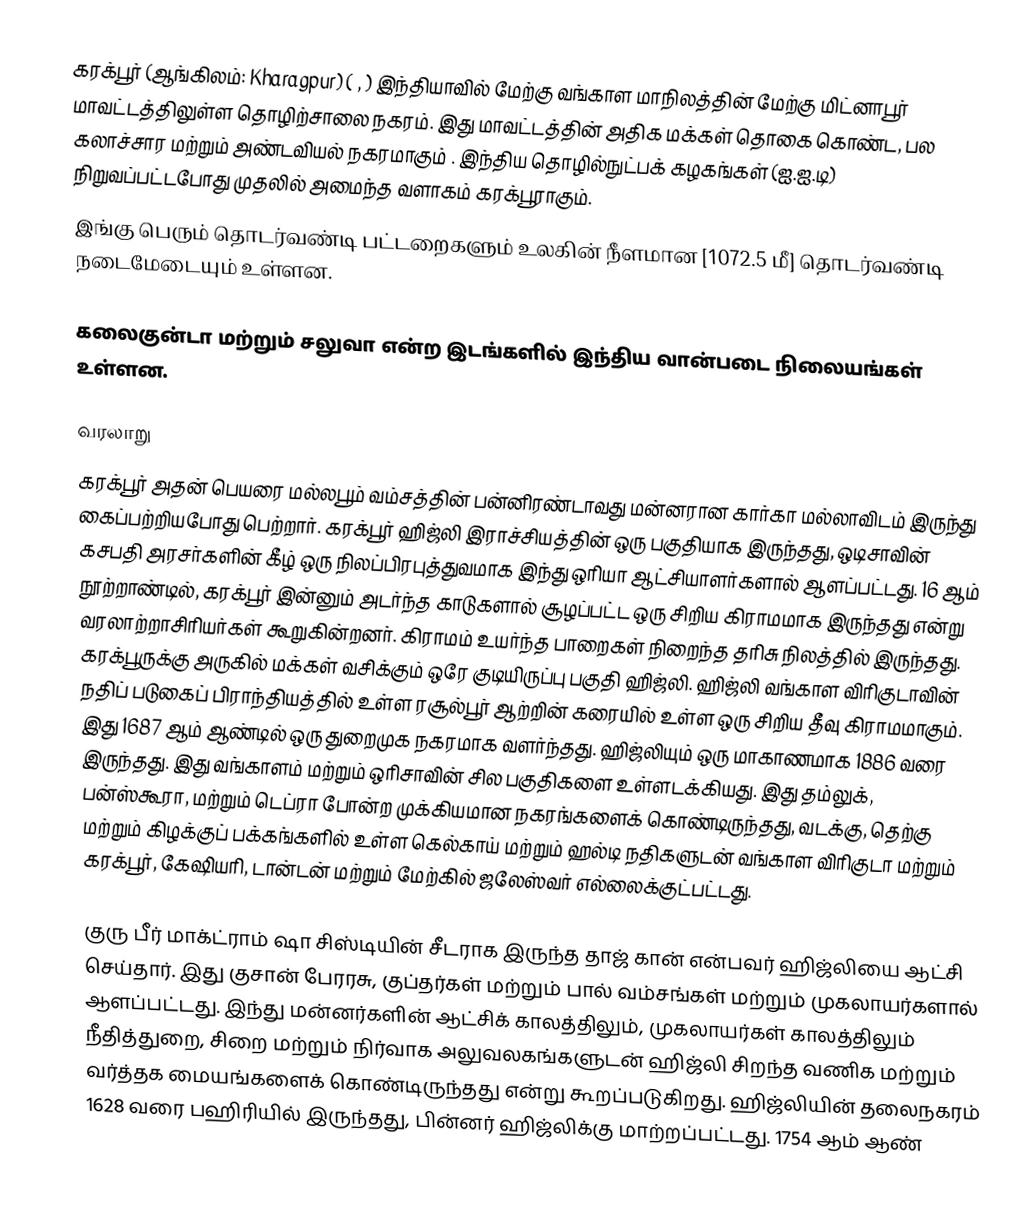
கரக்பூர் (ஆங்கிலம்: Kharagpur) ( , ) இந்தியாவில் மேற்கு வங்காள மாநிலத்தின் மேற்கு மிட்னாபூர் மாவட்டத்திலுள்ள தொழிற்சாலை நகரம். இது மாவட்டத்தின் அதிக மக்கள் தொகை கொண்ட, பல கலாச்சார மற்றும் அண்டவியல் நகரமாகும் . இந்திய தொழில்நுட்பக் கழகங்கள் (ஐ.ஐ.டி) நிறுவப்பட்டபோது முதலில் அமைந்த வளாகம் கரக்பூராகும்.
இங்கு பெரும் தொடர்வண்டி பட்டறைகளும் உலகின் நீளமான [1072.5 மீ] தொடர்வண்டி நடைமேடையும் உள்ளன.

கலைகுன்டா மற்றும் சலுவா என்ற இடங்களில் இந்திய வான்படை நிலையங்கள் உள்ளன.

வரலாறு
கரக்பூர் அதன் பெயரை மல்லபூம் வம்சத்தின் பன்னிரண்டாவது மன்னரான கார்கா மல்லாவிடம் இருந்து கைப்பற்றியபோது பெற்றார்.  கரக்பூர் ஹிஜ்லி இராச்சியத்தின் ஒரு பகுதியாக இருந்தது, ஒடிசாவின் கசபதி அரசர்களின் கீழ் ஒரு நிலப்பிரபுத்துவமாக இந்து ஒரியா ஆட்சியாளர்களால் ஆளப்பட்டது. 16 ஆம் நூற்றாண்டில், கரக்பூர் இன்னும் அடர்ந்த காடுகளால் சூழப்பட்ட ஒரு சிறிய கிராமமாக இருந்தது என்று வரலாற்றாசிரியர்கள் கூறுகின்றனர். கிராமம் உயர்ந்த பாறைகள் நிறைந்த தரிசு நிலத்தில் இருந்தது. கரக்பூருக்கு அருகில் மக்கள் வசிக்கும் ஒரே குடியிருப்பு பகுதி ஹிஜ்லி. ஹிஜ்லி வங்காள விரிகுடாவின் நதிப் படுகைப் பிராந்தியத்தில் உள்ள ரசூல்பூர் ஆற்றின் கரையில் உள்ள ஒரு சிறிய தீவு கிராமமாகும். இது 1687 ஆம் ஆண்டில் ஒரு துறைமுக நகரமாக வளர்ந்தது. ஹிஜ்லியும் ஒரு மாகாணமாக 1886 வரை இருந்தது. இது வங்காளம் மற்றும் ஒரிசாவின் சில பகுதிகளை உள்ளடக்கியது. இது தம்லுக், பன்ஸ்கூரா, மற்றும் டெப்ரா போன்ற முக்கியமான நகரங்களைக் கொண்டிருந்தது, வடக்கு, தெற்கு மற்றும் கிழக்குப் பக்கங்களில் உள்ள கெல்காய் மற்றும் ஹல்டி நதிகளுடன் வங்காள விரிகுடா மற்றும் கரக்பூர், கேஷியரி, டான்டன் மற்றும் மேற்கில் ஜலேஸ்வர் எல்லைக்குட்பட்டது.

குரு பீர் மாக்ட்ராம் ஷா சிஸ்டியின் சீடராக இருந்த தாஜ் கான் என்பவர் ஹிஜ்லியை ஆட்சி செய்தார். இது குசான் பேரரசு, குப்தர்கள் மற்றும் பால் வம்சங்கள் மற்றும் முகலாயர்களால் ஆளப்பட்டது. இந்து மன்னர்களின் ஆட்சிக் காலத்திலும், முகலாயர்கள் காலத்திலும் நீதித்துறை, சிறை மற்றும் நிர்வாக அலுவலகங்களுடன் ஹிஜ்லி சிறந்த வணிக மற்றும் வர்த்தக மையங்களைக் கொண்டிருந்தது என்று கூறப்படுகிறது. ஹிஜ்லியின் தலைநகரம் 1628 வரை பஹிரியில் இருந்தது, பின்னர் ஹிஜ்லிக்கு மாற்றப்பட்டது. 1754 ஆம் ஆண்